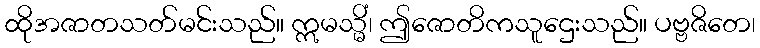
ထိုအဇာတသတ်မင်းသည်။ ဣမသ္မိံ၊ ဤဇောတိကသူဌေးသည်။ ပဗ္ဗဇိတေ၊